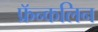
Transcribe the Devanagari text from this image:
फ्रॅन्कलिन